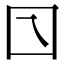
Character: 𡆡